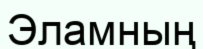
Эламның